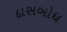
દાસબોધ